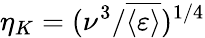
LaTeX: \eta_{K}=(\nu^{3}/\overline{{\langle\varepsilon\rangle}})^{1/4}